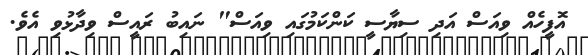
އޮފީހެއް ވިއަސް އަދި ސިޔާސީ ކަންކަމުގައި ވިއަސް" ނައިބު ރައީސް ވިދާޅުވި އެވެ.